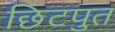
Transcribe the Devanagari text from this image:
छिटपुत